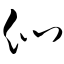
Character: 们